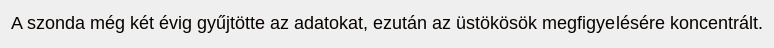
A szonda még két évig gyűjtötte az adatokat, ezután az üstökösök megfigyelésére koncentrált.